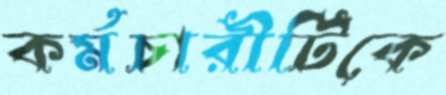
কর্মচারীটিকে